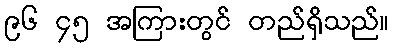
၉၆ ၄၅ အကြားတွင် တည်ရှိသည်။